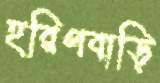
হরিণবাড়ি